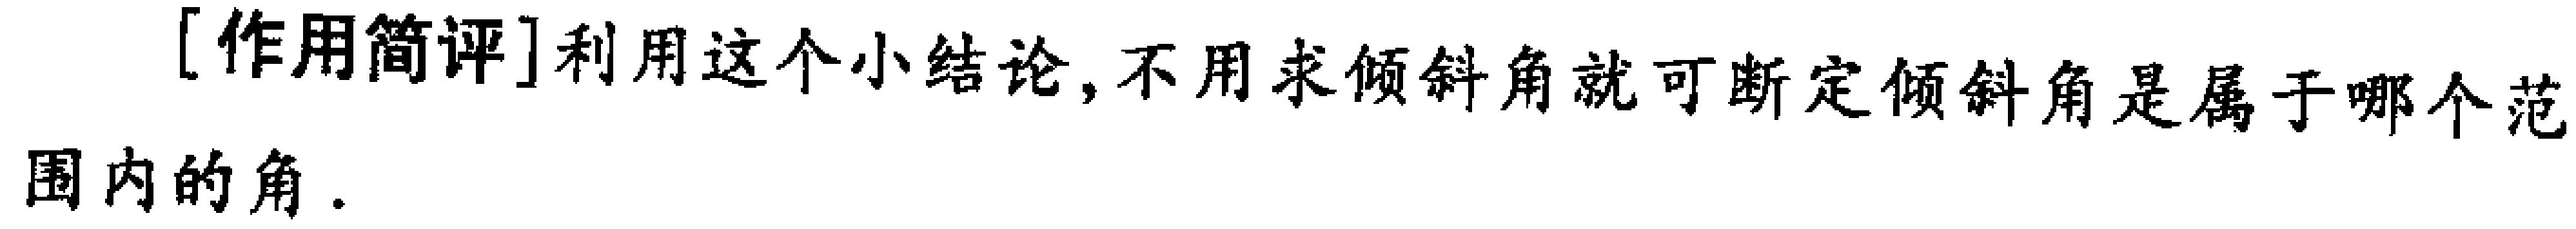
[作用简评]利用这个小结论, 不用求倾斜角就可断定倾斜角是属于哪个范围内的角.